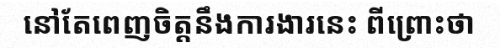
នៅតែពេញចិត្តនឹងការងារនេះ ពីព្រោះថា